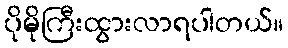
ပိုမိုကြီးထွားလာရပါတယ်။